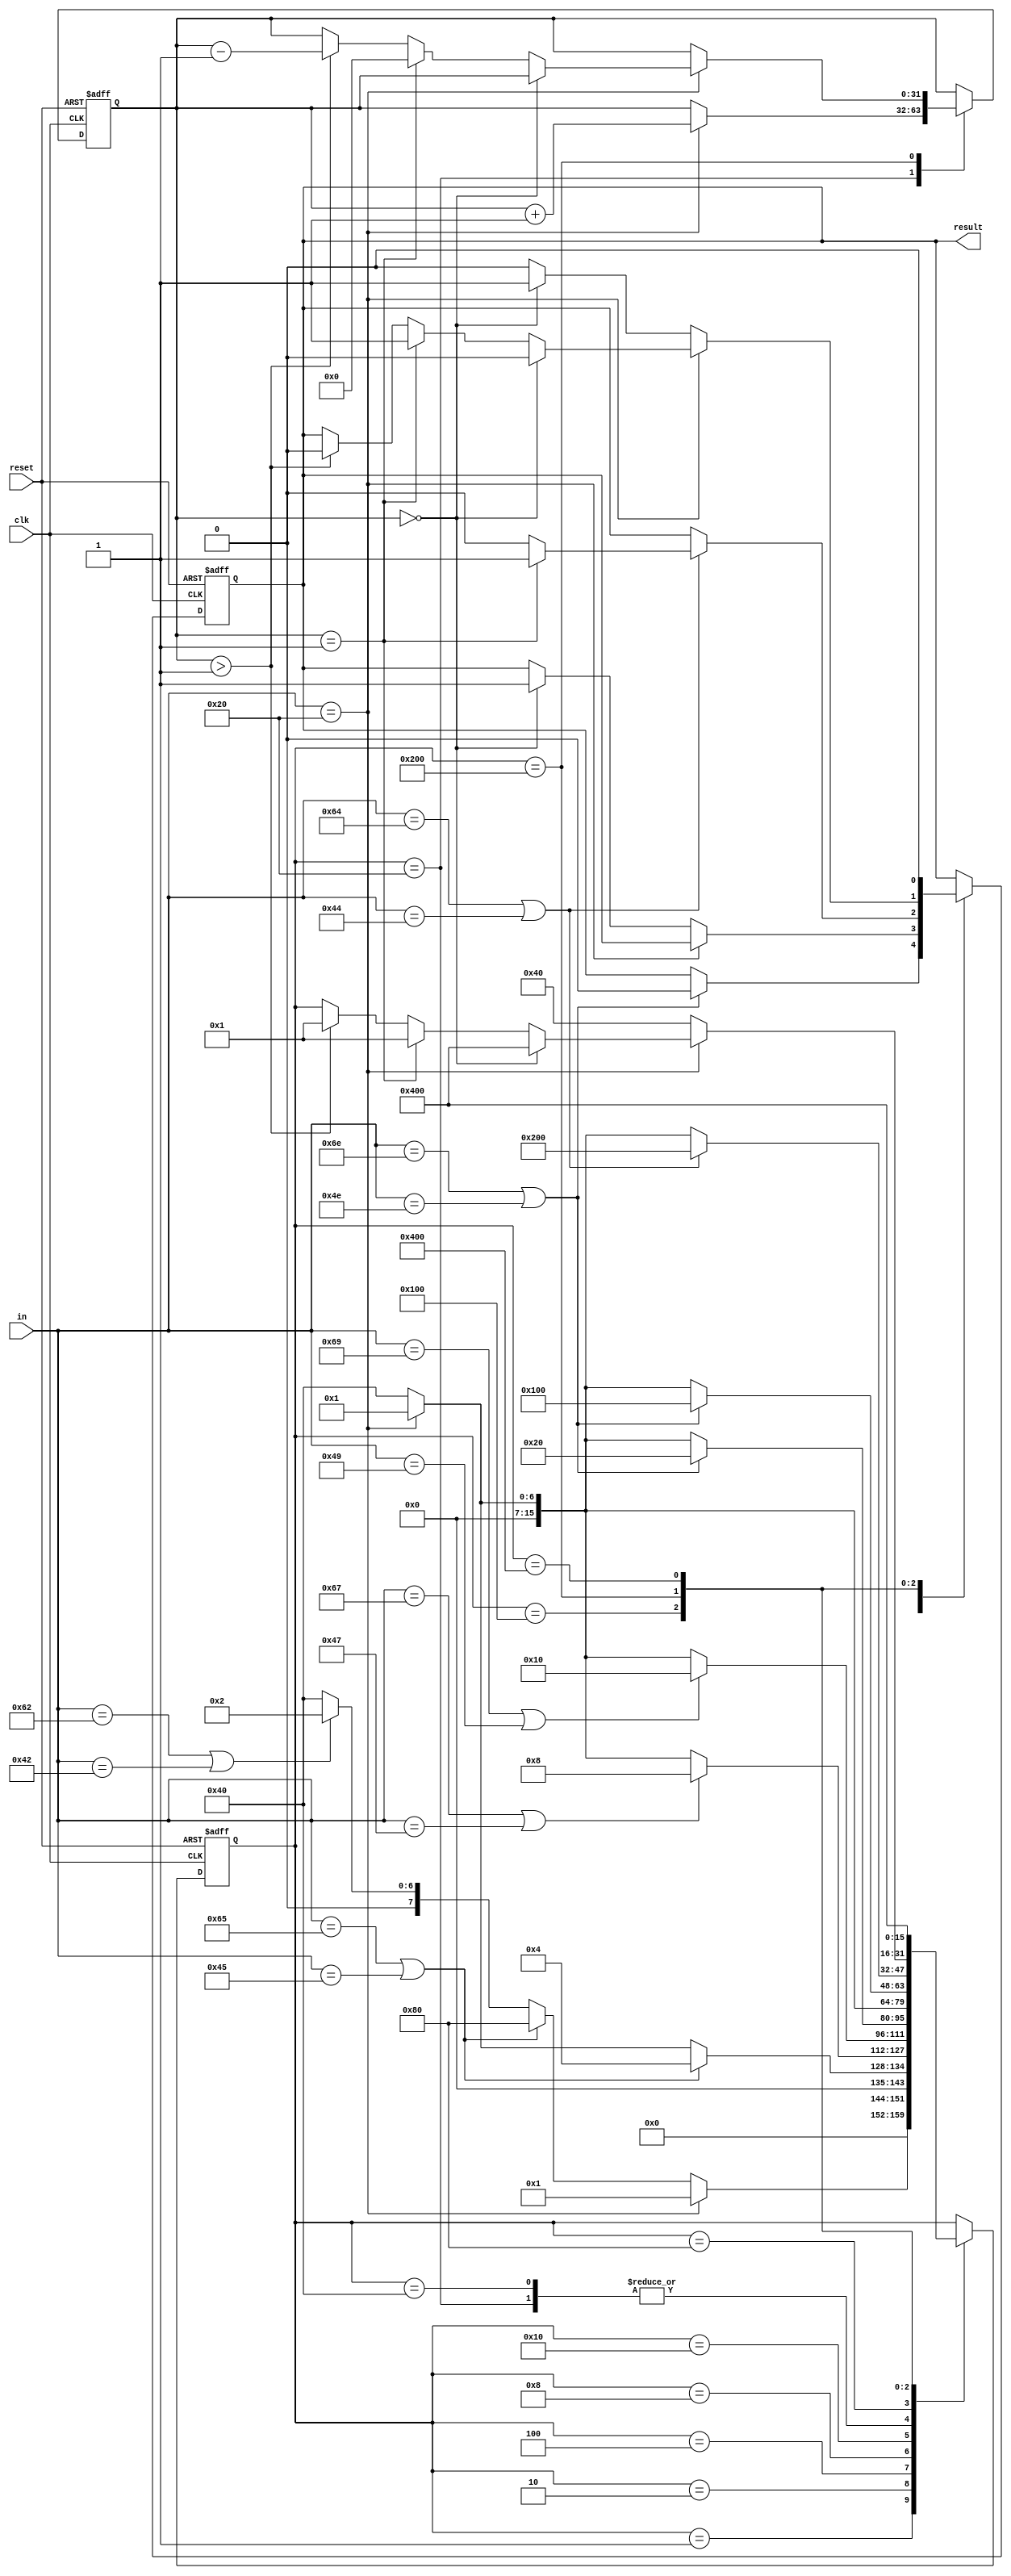
module BlockChecker (
    input wire clk,
    input wire reset,
    input wire [7:0] in,
    output reg result
);

reg [31:0] begin_cnt;
reg [15:0] status;

`define S0 16'b0000_0000_0000_0001
`define S1 16'b0000_0000_0000_0010
`define S2 16'b0000_0000_0000_0100
`define S3 16'b0000_0000_0000_1000
`define S4 16'b0000_0000_0001_0000
`define S5 16'b0000_0000_0010_0000
`define S6 16'b0000_0000_0100_0000
`define S7 16'b0000_0000_1000_0000
`define S8 16'b0000_0001_0000_0000
`define S9 16'b0000_0010_0000_0000
`define S10 16'b0000_0100_0000_0000

	
`ifndef SYNTHESIS
  reg [11:0] state_string; // 40 bits = 5 byte
  always @ (*) begin
    case(status)
      2'b00000001: state_string = "s0";
      2'b00000010: state_string = "s1";
      2'b00000100: state_string = "s2";
      2'b00001000: state_string = "s3";
      default: state_string = "?????";
    endcase
  end
`endif

always @(posedge clk or posedge reset) begin
    if(reset)
    begin 
        begin_cnt <= 32'b0;
        status <= `S0;
        result <= 1'b1;
    end
    else 
    begin
        case (status)
            `S0:  //empty
            begin
                if(in == " ")
                begin
                    status <= `S0;
                end
                else if (in == "e"||in == "E")
                begin
                    status <= `S7;
                end
                else if (in == "b"||in == "B")
                begin
                    status <= `S1;
                end
                else
                begin
                    status <= `S6;
                end
            end
            `S1:   //b
            begin
                if(in == "e"||in == "E")
                begin
                    status <= `S2;
                end
                else if (in == " ")
                begin
                    status <= `S0;
                end
                else
                begin
                    status <= `S6;
                end
            end
            `S2:     //be
            begin
                if(in == "g"||in == "G")
                begin
                    status <= `S3;
                end
                else if (in == " ")
                begin
                    status <= `S0;
                end
                else
                begin
                    status <= `S6;
                end
            end
            `S3:   //beg
            begin
                if(in == "i"||in == "I")
                begin
                    status <= `S4;
                end
                 else if (in == " ")
                begin
                    status <= `S0;
                end
                else
                begin
                    status <= `S6;
                end
            end
            `S4: //begi
            begin
                if(in == "n"||in == "N")
                begin
                    status <= `S5;
                    result <= 1'b0;
                end
                 else if (in == " ")
                begin
                    status <= `S0;
                end
                else
                begin
                    status <= `S6;
                end
            end
            `S5:
            begin
                if(in == " ")
                begin
                    status <= `S0;
                    begin_cnt <= begin_cnt + 1;
                end
                else
                begin
                    status <= `S6;
                    if(begin_cnt == 32'b0000)
                    begin
                    result <= 1'b1;
                    end
                    else
                    begin
                    result <= result;
                    end
                end
            end
            `S6:
            begin
                if(in == " ")
                begin
                    status <= `S0;
                end
                else
                begin
                    status <= `S6;
                end
            end
            `S7:
            begin
                if(in == "n"||in =="N")
                begin
                    status <= `S8;
                end
                else if (in == " ")
                begin
                    status <= `S0;
                end
                else 
                begin
                    status <= `S6;
                end
            end
            `S8:
            begin
                if(in == "d"||in == "D")
                begin
                    if(begin_cnt == 32'b0001)  //只剩余一个begin 可以完成配对
                    begin
                        status <= `S9;
                        result <= 1'b1;
                    end
                    else
                    begin
                        status <= `S9;
                        result <= 1'b0;
                    end
                end
                 else if (in == " ")
                begin
                    status <= `S0;
                end
                else 
                begin
                    status <= `S6;
                end
            end
            `S9:
            begin
                if(in == " ")  //确定匹配到的一定是end
                begin
					if(begin_cnt == 32'b0)  //还没有出现过begin 这种情况无论后便出现什么都是0
                    begin
                        status <= `S10;
                        result <= 1'b0;
                    end
                    else if(begin_cnt == 32'b1)
                    begin
                        status <= `S0;
                        result <= 1'b1;
                        begin_cnt <= 32'b0000;
                    end
                    else if(begin_cnt > 32'b1)
                    begin
                        status <= `S0;
                        result <= 1'b0;
                        begin_cnt <= begin_cnt - 32'b0001;
                    end
                end
                else  //匹配到的不是end
                begin
                    status <= `S6;
                    if(begin_cnt==32'b0)
                    begin
                        result <= 1'b1;
                    end
                    else
                    begin
                        result <= 1'b0;
                    end
                end
            end
            `S10:
            begin
                status <= `S10;
                result <=  1'b0;
            end
            default: 
            begin
                status <= status;
                result <= result;
            end
        endcase
    end
end
endmodule